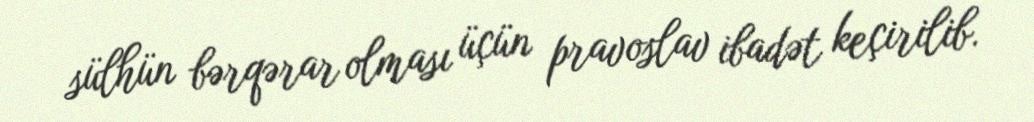
sülhün bərqərar olması üçün pravoslav ibadət keçirilib.